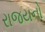
રાજયનો